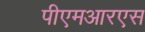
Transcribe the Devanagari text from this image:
पीएमआरएस